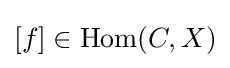
[f]\in \operatorname {Hom} (C,X)